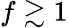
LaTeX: f\gtrsim 1